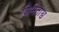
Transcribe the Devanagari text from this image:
विनिताश्व